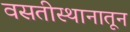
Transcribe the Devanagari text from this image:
वसतीस्थानातून